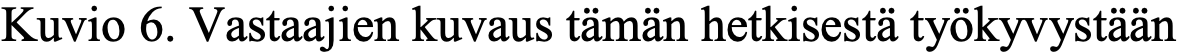
Kuvio 6. Vastaajien kuvaus tämän hetkisestä työkyvystään